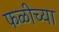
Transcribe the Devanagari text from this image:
फळीच्या